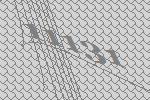
11131